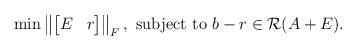
LaTeX: \begin{align*} \min \left\|\begin{bmatrix} E & r \\ \end{bmatrix}\right\|_F,\textrm{ subject to } b-r \in \mathcal{R}(A+E).\end{align*}